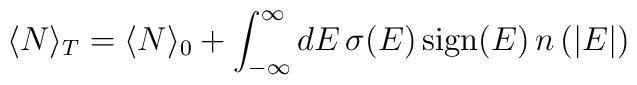
\langle N\rangle _T=\langle N\rangle _0 +\int_{-\infty}^{\infty}dE \,\sigma (E) \,\textrm{sign}(E)\, n\,(|E|)\quad